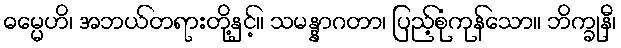
ဓမ္မေဟိ၊ အဘယ်တရားတို့နှင့်။ သမန္နာဂတာ၊ ပြည့်စုံကုန်သော။ ဘိက္ခုနီ၊